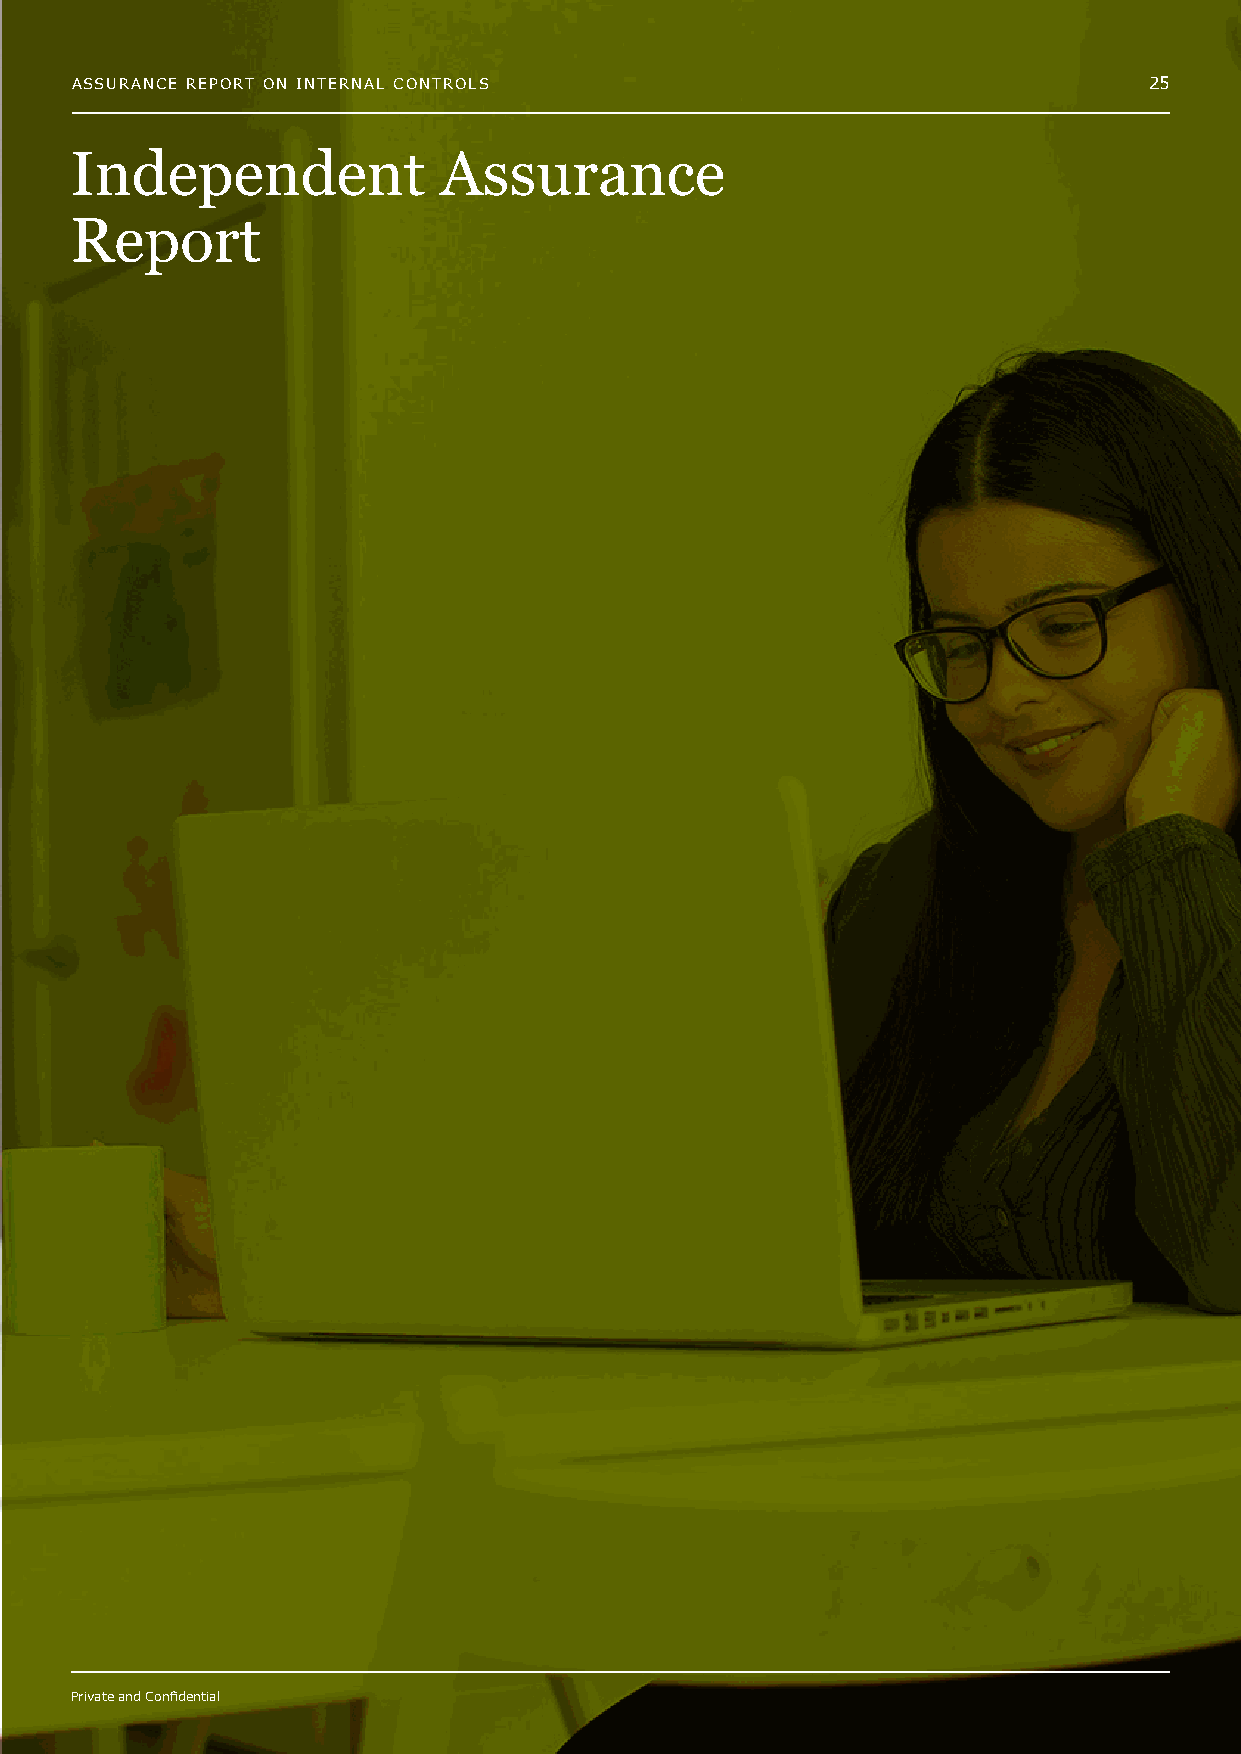
ASSURANCE REPORT ON INTERNAL CONTROLS                                  25
 Independent             Assurance
 Report
 Private and Confidential